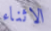
الاثناء